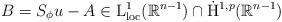
LaTeX: \begin{align*} B= S_{\phi}u-A \in \mathrm{L}^{1}_{\mathrm{loc}}(\mathbb{R}^{n-1})\cap \dot{\mathrm{H}}^{1,p}(\mathbb{R}^{n-1})\end{align*}